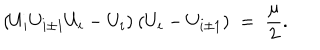
LaTeX: ( U _ { i } U _ { i \pm 1 } U _ { i } - U _ { i } ) \: ( U _ { i } - U _ { i \pm 1 } ) \; = \; \frac { \mu } { 2 } .